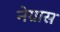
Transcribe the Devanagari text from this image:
नेग्रास